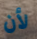
لأن